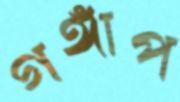
গঙ্গাপ